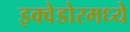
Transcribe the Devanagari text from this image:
इक्वेडोरमध्ये